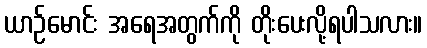
ယာဉ်မောင်း အရေအတွက်ကို တိုးပေးလို့ရပါသလား။